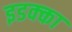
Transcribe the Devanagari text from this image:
इडक्‍का